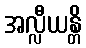
အလ္လီယန္တိ